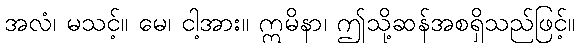
အလံ၊ မသင့်။ မေ၊ ငါ့အား။ ဣမိနာ၊ ဤသို့ဆန်အစရှိသည်ဖြင့်။